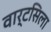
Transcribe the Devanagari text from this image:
वार्टसिला